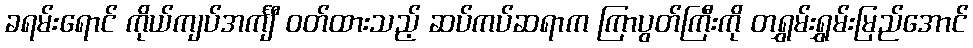
ခရမ်းရောင် ကိုယ်ကျပ်အင်္ကျီ ဝတ်ထားသည့် ဆပ်ကပ်ဆရာက ကြာပွတ်ကြီးကို တရွှမ်းရွှမ်းမြည်အောင်